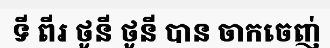
ទី ពីរ ថូនី ថូនី បាន ចាកចេញ់